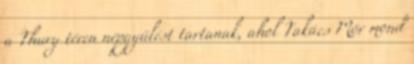
a Thury téren népgyűlést tartanak, ahol Takács Mór mond